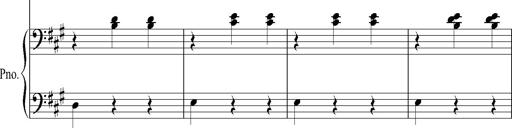
Title: SoirÃ©es de Vienne
Composer: Franz Liszt